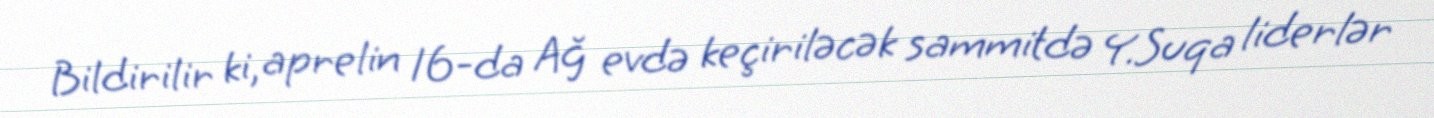
Bildirilir ki, aprelin 16-da Ağ evdə keçiriləcək sammitdə Y.Suqa liderlər